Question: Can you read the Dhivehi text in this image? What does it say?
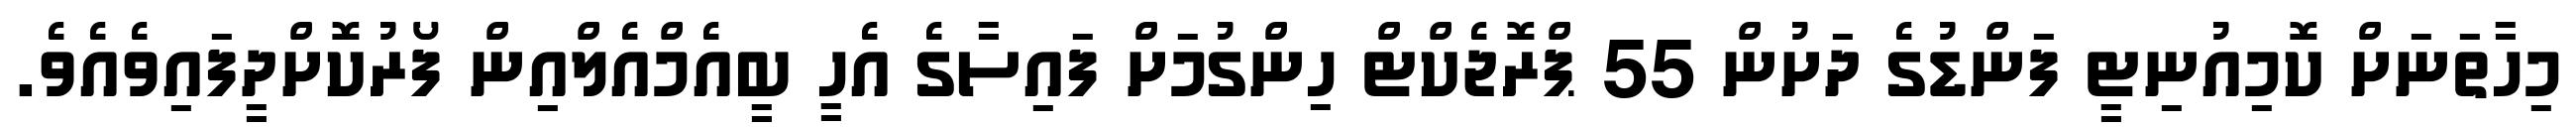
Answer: މިހާތަނަށް ކޮމިއުނިޓީ ފަންޑުގެ ދަށުން 55 ޕްރޮޖެކްޓް ހިންގުމަށް ފައިސާގެ އެހީ ބީއެމްއެލްއިން ފޯރުކޮށްދީފައިވެއެވެ.